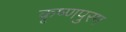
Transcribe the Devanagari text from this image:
कृष्णपुरम